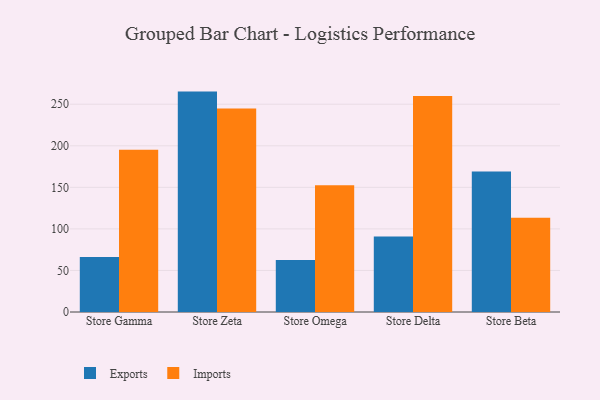
{"axis": {"x": "Store", "y": "Inventory Turnover"}, "legend": ["Exports", "Imports"], "data": [{"x": "Store Gamma", "y": 66.1, "type": "Exports"}, {"x": "Store Gamma", "y": 195.2, "type": "Imports"}, {"x": "Store Zeta", "y": 265.2, "type": "Exports"}, {"x": "Store Zeta", "y": 245.0, "type": "Imports"}, {"x": "Store Omega", "y": 62.6, "type": "Exports"}, {"x": "Store Omega", "y": 152.4, "type": "Imports"}, {"x": "Store Delta", "y": 90.9, "type": "Exports"}, {"x": "Store Delta", "y": 259.9, "type": "Imports"}, {"x": "Store Beta", "y": 169.2, "type": "Exports"}, {"x": "Store Beta", "y": 113.3, "type": "Imports"}]}